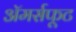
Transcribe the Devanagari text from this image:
अॅमर्सफूट